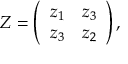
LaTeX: Z = \left( \begin{array} { c r c } { { z _ { 1 } } } & { { z _ { 3 } } } \\ { { z _ { 3 } } } & { { z _ { 2 } } } \end{array} \right) ,